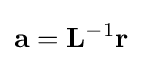
\mathbf {a} =\mathbf {L} ^{-1}\mathbf {r}